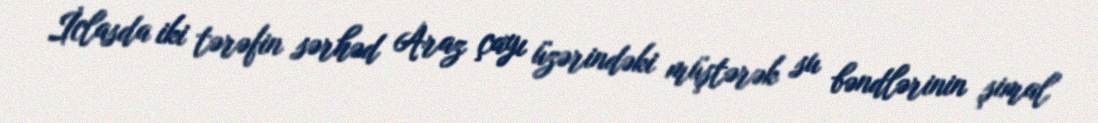
İclasda iki tərəfin sərhəd Araz çayı üzərindəki müştərək su bəndlərinin şimal